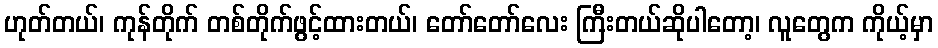
ဟုတ်တယ်၊ ကုန်တိုက် တစ်တိုက်ဖွင့်ထားတယ်၊ တော်တော်လေး ကြီးတယ်ဆိုပါတော့၊ လူတွေက ကိုယ့်မှာ